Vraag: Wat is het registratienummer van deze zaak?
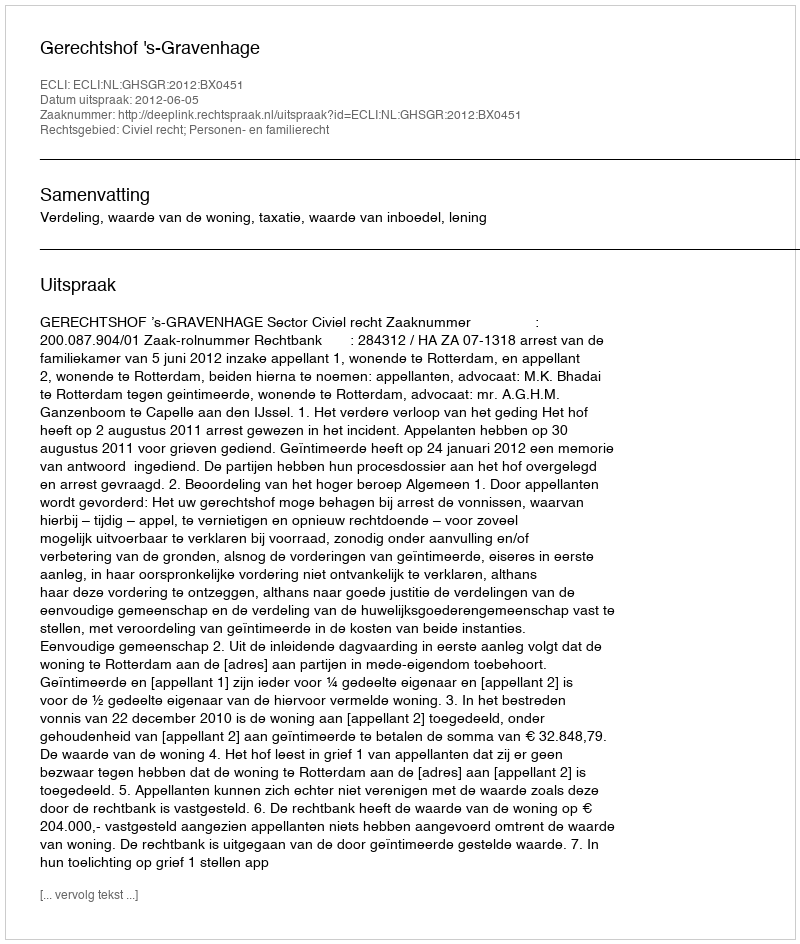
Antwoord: http://deeplink.rechtspraak.nl/uitspraak?id=ECLI:NL:GHSGR:2012:BX0451